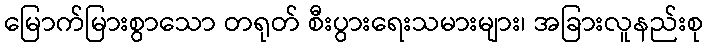
မြောက်မြားစွာသော တရုတ် စီးပွားရေးသမားများ၊ အခြားလူနည်းစု